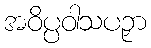
အဝိပ္ပဝါသပဉှာ